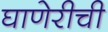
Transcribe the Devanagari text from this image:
घाणेरीची